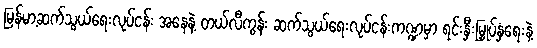
မြန်မာ့ဆက်သွယ်ရေးလုပ်ငန်း အနေနဲ့ တယ်လီကွန်း ဆက်သွယ်ရေးလုပ်ငန်းကဏ္ဍမှာ ရင်းနှီးမြှုပ်နှံရေးနဲ့